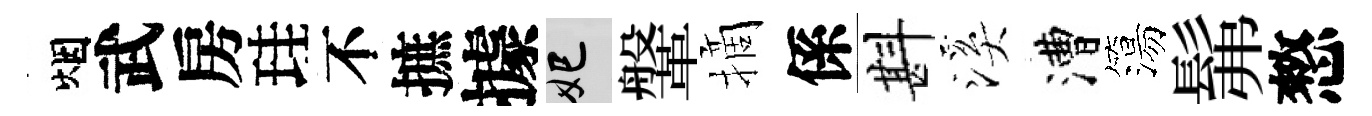
烟武房珪不摭據妃鞶摘係斟溪漕簜髴憗